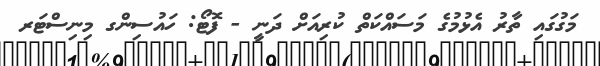
މަގުގައި ތާރު އެޅުމުގެ މަސައްކަތް ކުރިއަށް ދަނީ - ފޮޓޯ: ހައުސިންގ މިނިސްޓަރ